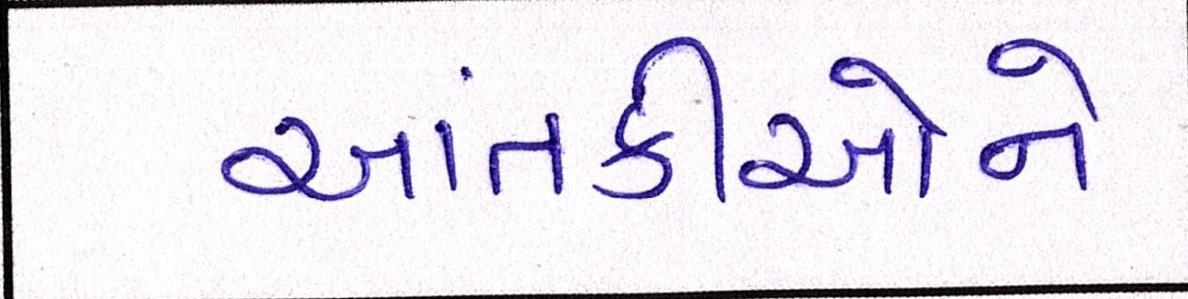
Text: આતંકીઓને